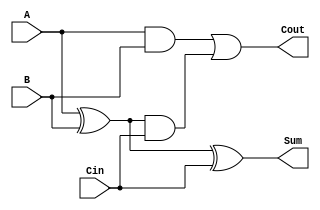
module CarryLookaheadFullAdder (
    input  wire A,       // First input bit
    input  wire B,       // Second input bit
    input  wire Cin,     // Carry input
    output wire Sum,     // Sum output
    output wire Cout     // Carry output
);

    // Internal signals for Generate and Propagate
    wire G; // Generate
    wire P; // Propagate
    wire C1; // Carry output to next stage

    // Generate and Propagate logic
    assign G = A & B;       // Generate
    assign P = A ^ B;       // Propagate

    // Carry calculations
    assign C1 = G | (P & Cin); // Carry output to next stage
    assign Cout = G | (P & Cin); // Final carry output

    // Sum calculation
    assign Sum = P ^ Cin;    // Sum output

endmodule